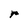
Character: r